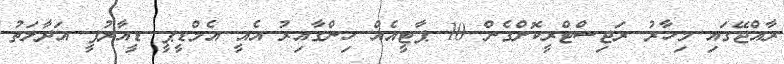
ރާއްޖޭގައި މިހާރު ރަޖިސްޓްރީކޮށްގެން 10 ޕާޓީއެއް ހިންގާއިރު އެއީ އެމްޑީޕީ ޑީއާރުޕީ އަދާލަތު